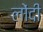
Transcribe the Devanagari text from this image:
लोंदी